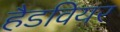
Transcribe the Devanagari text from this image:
हैडवियर